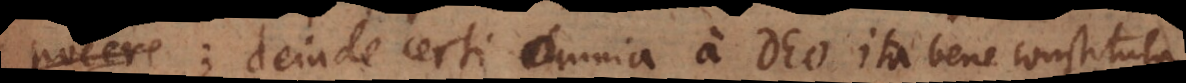
nocere; deinde certi omnia a Deo ita bene constituta